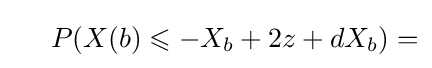
\ \ \ \ P(X(b)\leqslant -X_{b}+2z+dX_{b})=